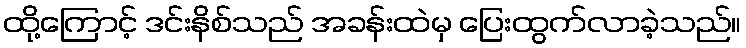
ထို့ကြောင့် ဒင်းနိစ်သည် အခန်းထဲမှ ပြေးထွက်လာခဲ့သည်။